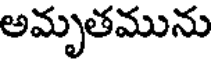
అమృతమును